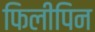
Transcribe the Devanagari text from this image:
फिलीपिन